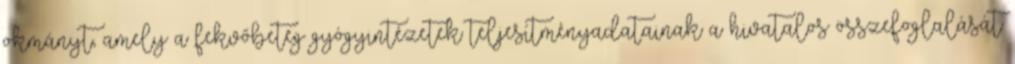
okmányt, amely a fekvőbeteg gyógyintézetek teljesítményadatainak a hivatalos összefoglalását